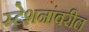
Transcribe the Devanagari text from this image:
स्टेशनांवरील